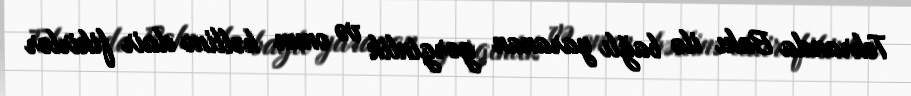
Tehranda Bakı ilə bağlı yaranan gərginlik və onun həllinə dair fikirlər